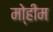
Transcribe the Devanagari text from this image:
मो्हीम